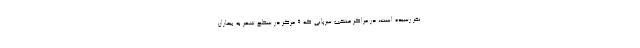
نفر رسیده است، در مراکز منتخب سرپایی که 9 مرکز در سطح شهر به بیماران